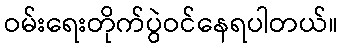
ဝမ်းရေးတိုက်ပွဲဝင်နေရပါတယ်။